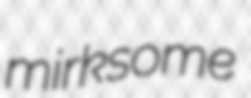
mirksome